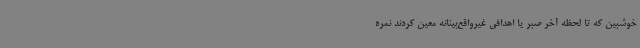
خوشبین که تا لحظه آخر صبر یا اهدافی غیرواقع‌بینانه معین کردند نمره